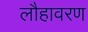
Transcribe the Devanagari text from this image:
लौहावरण